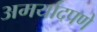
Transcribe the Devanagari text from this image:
अमर्यादपणे